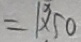
= 1 \times 5 0